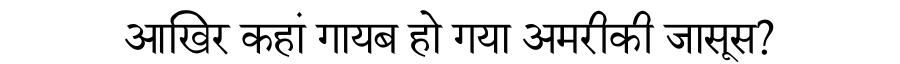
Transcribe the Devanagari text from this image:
आखिर कहां गायब हो गया अमरीकी जासूस?